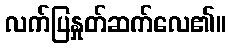
လက်ပြနှုတ်ဆက်လေ၏။